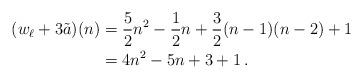
LaTeX: \begin{align*}(w_\ell+3\tilde a)(n)&=\frac{5}{2}n^2-\frac{1}{2}n+\frac{3}{2}(n-1)(n-2)+1\\&=4n^2-5n+3+1\,.\\\end{align*}